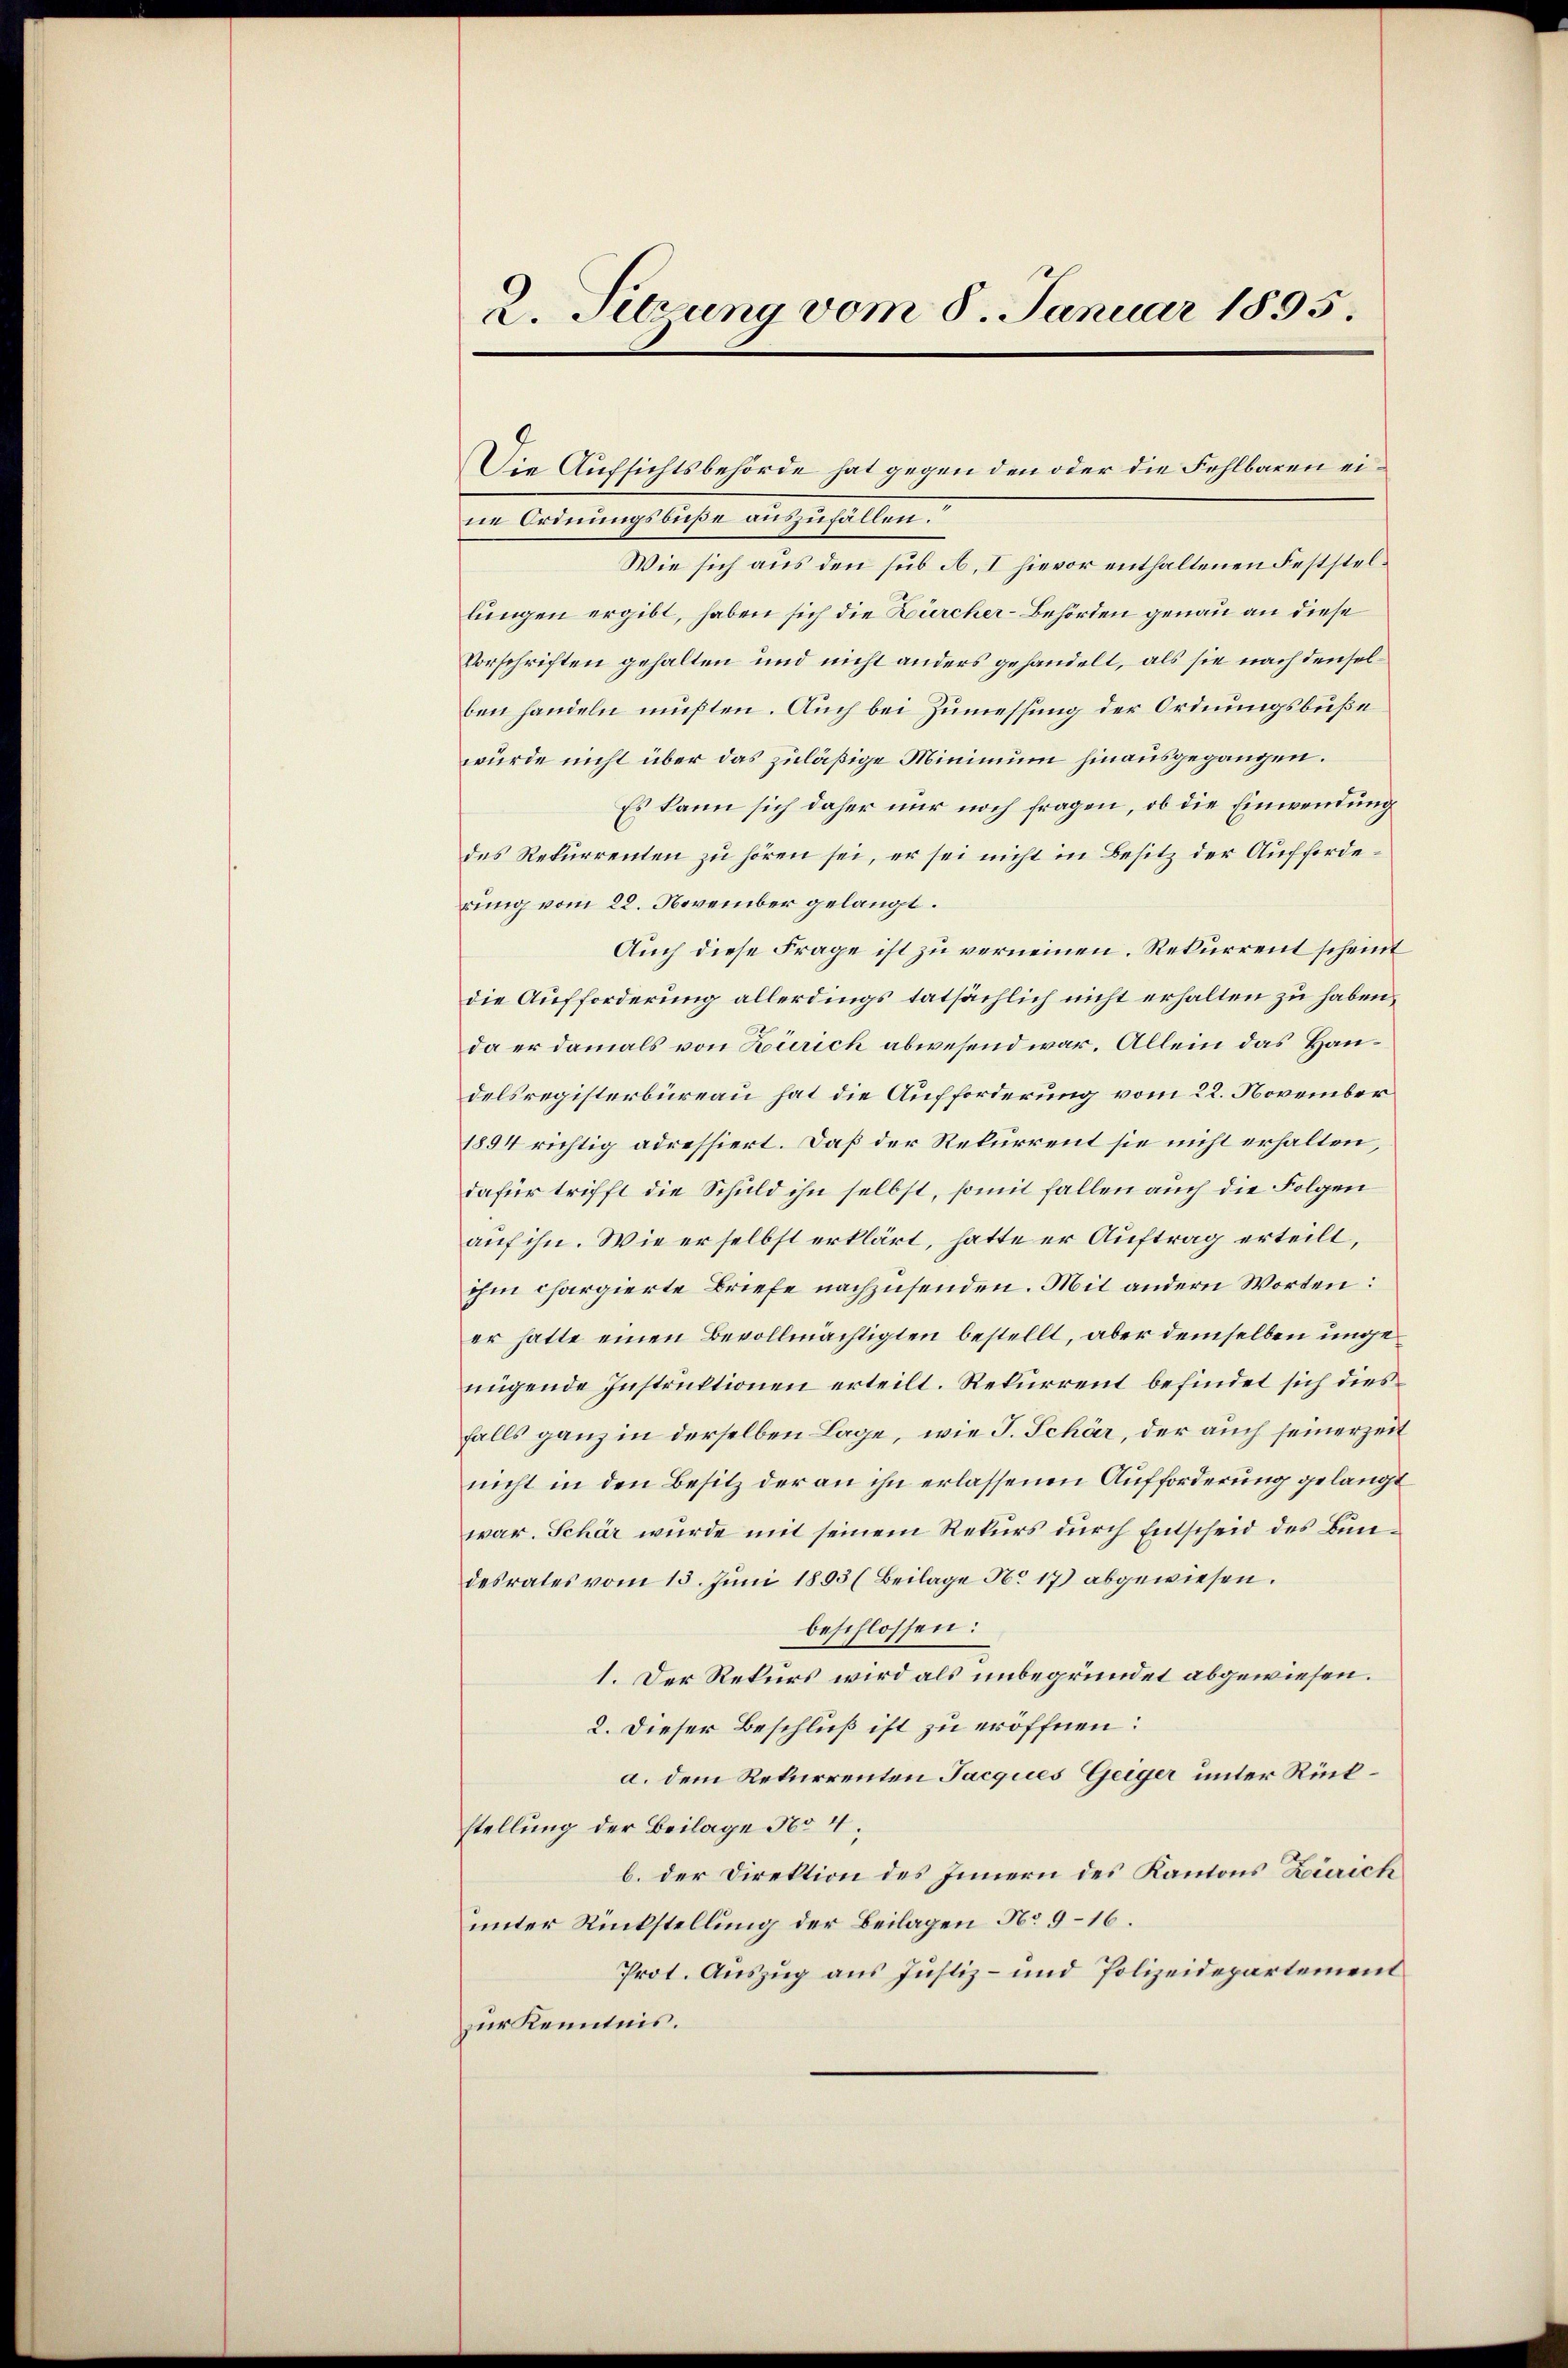
2. Sitzung vom 8. Januar 1895.

Die Aufsichtsbehörde hat gegen den oder die Fehlbaren eiin Crimingliche eingesellen.
Wie sich aus den sub A. I hievor enthaltenen Feststellungen ergibt, haben sich die Zürcher-Behörden genau an diese
Vorschriften gehalten und nicht anders gehandelt, als sie nach denselben handeln müßten. Auch bei Zumessung der Ordnungsbuße
würde nicht über das zuläßige Minimum hinausgegangen.
Es kann sich daher nur noch fragen, ob die Einwendung
des Rekurrenten zu hören sei, er sei nicht in Besitz der Aufforderung vom 22. November gelangt.
Auch diese Frage ist zu verneinen. Rekurrent scheint
die Aufforderung allerdings tatsächlich nicht erhalten zu haben,
da er damals von Zürich abwesend war. Allein das Handelsregisterbüreau hat die Aufforderung vom 22. November
1894 richtig adressiert. Daß der Rekurrent sie nicht erhalten,
dafür trifft die Schuld ihn selbst, somit fallen auch die Folgen
auf ihn. Wie er selbst erklärt, hatte er Auftrag erteilt,
ohn chargierte Briefe nachzusenden. Mit andern Worten:
er hatte einen Bevollmächtigten bestellt, aber demselben ungenügende Instruktionen erteilt. Rekurrent befindet sich diesfalls ganz in derselben Lage, wie J. Schär, der auch seinerzeit
nicht in den Besitz der an ihn erlassenen Aufforderung gelangt
war. Schär wurde mit seinem Rekurs durch Entscheid des Bundesrates vom 13. Juni 1893 (Beilage No 17 abgewiesen.
beschlossen:
1. Der Rekurs wird als unbegründet abgewiesen.
2. Dieser Beschluß ist zu eröffnen:
a. dem Rekurrenten Jacques Geiger unter Rückstellung der Beilage 1604;
b. der Direktion des Innern des Kantons Zürich
unter Rückstellung der Beilagen No 9–16.
Prot. Auszug aus Justiz- und Polizeidepartement
zur Kenntnis.